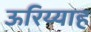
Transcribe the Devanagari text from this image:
ऊरिय्याह